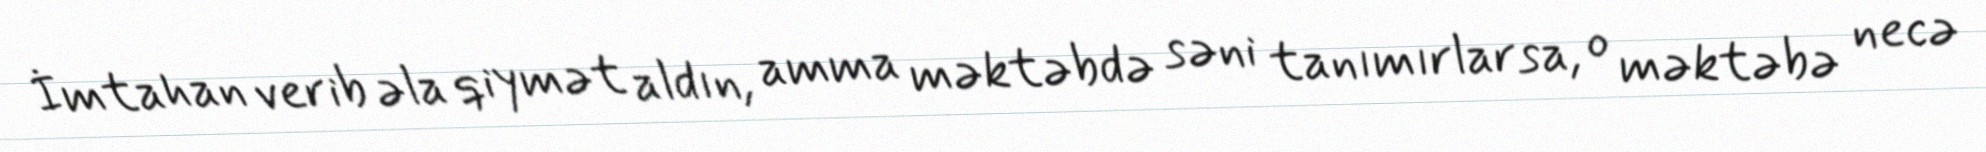
İmtahan verib əla qiymət aldın, amma məktəbdə səni tanımırlarsa, o məktəbə necə